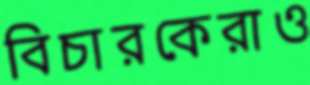
বিচারকেরাও